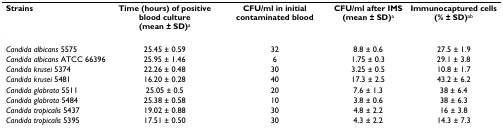
| Strains | Time (hours) of positive blood culture(mean ± SD)a | CFU/ml in initial contaminated blood | CFU/ml after IMS(mean ± SD)a | Immunocaptured cells(% ± SD)ab |
 | --- | --- | --- | --- | --- |
 | Candida albicans 5575 | 25.45 ± 0.59 | 32 | 8.8 ± 0.6 | 27.5 ± 1.9 |
 | Candida albicans ATCC 66396 | 25.95 ± 1.46 | 6 | 1.75 ± 0.3 | 29.1 ± 3.8 |
 | Candida krusei 5374 | 22.26 ± 0.48 | 30 | 3.25 ± 0.5 | 10.8 ± 1.7 |
 | Candida krusei 5481 | 16.20 ± 0.28 | 40 | 17.3 ± 2.5 | 43.2 ± 6.2 |
 | Candida glabrata 5511 | 25.05 ± 0.5 | 20 | 7.6 ± 1.3 | 38 ± 6.4 |
 | Candida glabrata 5484 | 25.38 ± 0.58 | 10 | 3.8 ± 0.6 | 38 ± 6.3 |
 | Candida tropicalis 5437 | 19.02 ± 0.88 | 30 | 4.8 ± 2.2 | 16 ± 3.8 |
 | Candida tropicalis 5395 | 17.51 ± 0.50 | 30 | 4.3 ± 2.2 | 14.3 ± 7.3 |